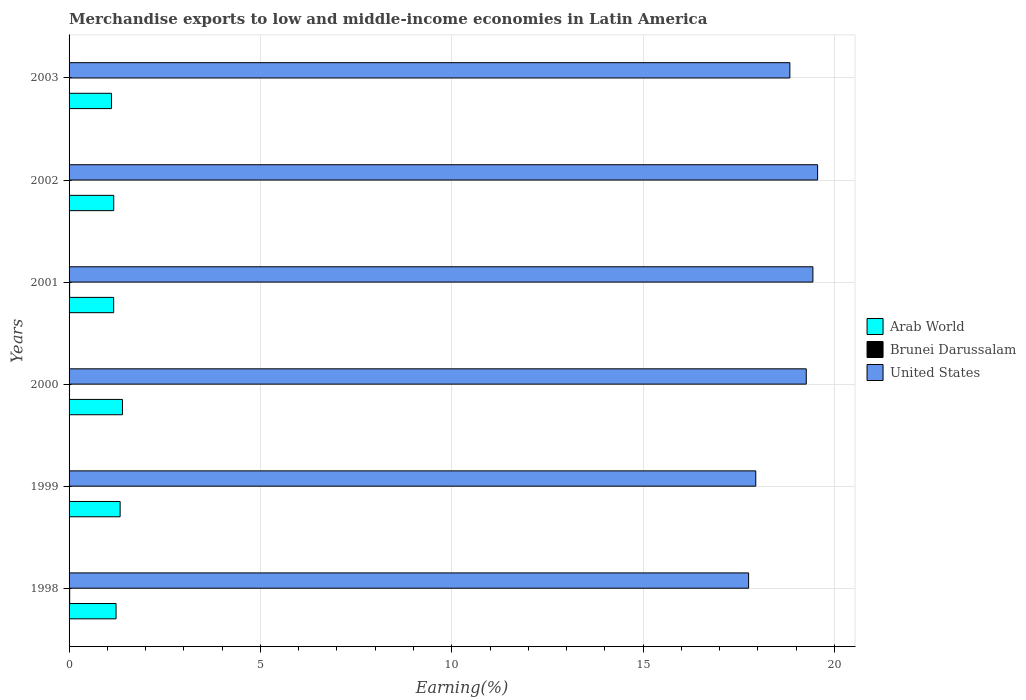
| Years | Arab World | Brunei Darussalam | United States |
 | --- | --- | --- | --- |
 | 1998 | 1.23 | 0.0163 | 17.8 |
 | 1999 | 1.33 | 0.00543 | 17.9 |
 | 2000 | 1.39 | 0.012 | 19.3 |
 | 2001 | 1.17 | 0.0145 | 19.4 |
 | 2002 | 1.17 | 0.00488 | 19.6 |
 | 2003 | 1.11 | 0.00423 | 18.8 |